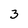
Character: 3